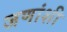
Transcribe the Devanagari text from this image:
जणांशी